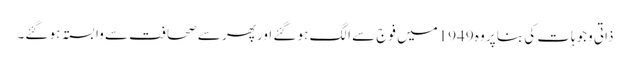
ذاتی وجوہات کی بنا پر وہ 1949میں فوج سے الگ ہو گئے اور پھر سے صحافت سے وابستہ ہو گئے۔